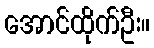
အောင်ထိုက်ဦး။